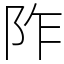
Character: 阼